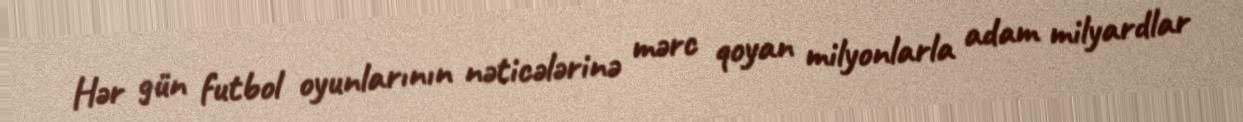
Hər gün futbol oyunlarının nəticələrinə mərc qoyan milyonlarla adam milyardlar